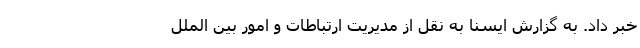
خبر داد. به گزارش ایسنا به نقل از مدیریت ارتباطات و امور بین الملل